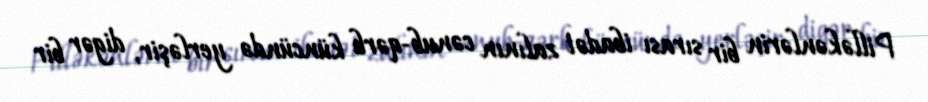
Pilləkənlərin bir sırası ibadət zalının cənub-qərb küncündə yerləşir, digər bir